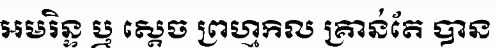
អមរិន្ទ ឬ ស្តេច ព្រហ្មកិល គ្រាន់តែ បាន